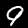
Digit: 9